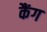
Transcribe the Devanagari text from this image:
कैंग